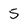
Character: 5